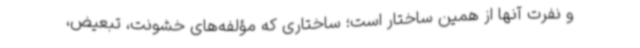
و نفرت آنها از همین ساختار است؛ ساختاری که مؤلفه‌های خشونت، تبعیض،